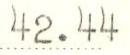
42.44